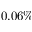
0 . 0 6 \%